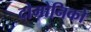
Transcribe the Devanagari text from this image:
दोमोनिको